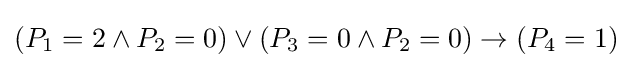
(P_{1}=2\land P_{2}=0)\lor (P_{3}=0\land P_{2}=0)\to (P_{4}=1)